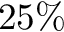
2 5 \%